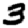
Digit: 3